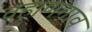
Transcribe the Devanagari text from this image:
वहाणगाव